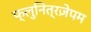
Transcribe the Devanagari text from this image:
फ्लुनित्रज़ेपम